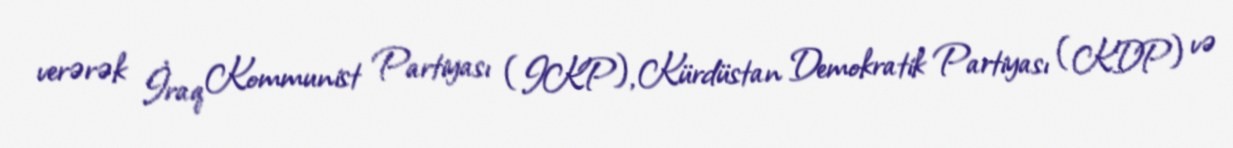
verərək İraq Kommunist Partiyası (IKP), Kürdüstan Demokratik Partiyası (KDP) və